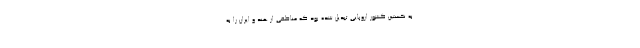
به نخستین کشور اروپایی تبدیل شده بود که مناطقی از هند و ایران را به